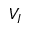
V _ { I }